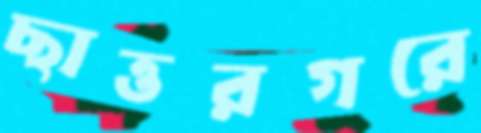
ছাত্তরগরে